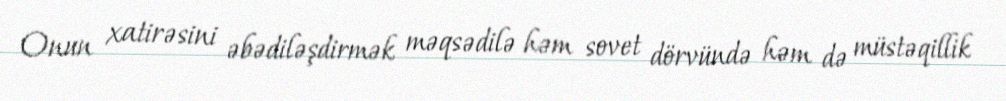
Onun xatirəsini əbədiləşdirmək məqsədilə həm sovet dörvündə həm də müstəqillik